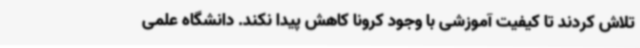
تلاش کردند تا کیفیت آموزشی با وجود کرونا کاهش پیدا نکند. دانشگاه علمی